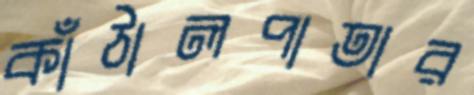
কাঁঠালপাতার